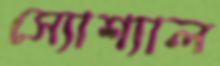
স্যোশ্যাল